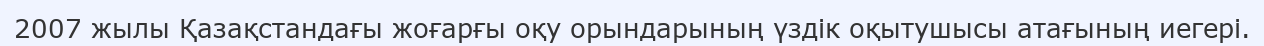
2007 жылы Қазақстандағы жоғарғы оқу орындарының үздік оқытушысы атағының иегері.